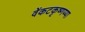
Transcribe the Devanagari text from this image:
वेंकटकृष्णय्या